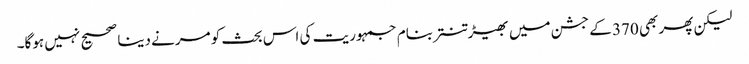
لیکن پھر بھی 370 کے جشن میں بھیڑ تنتر بنام جمہوریت کی اس بحث کو مرنے دینا صحیح نہیں ہوگا۔